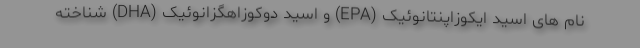
نام های اسید ایکوزاپنتانوئیک (EPA) و اسید دوکوزاهگزانوئیک (DHA) شناخته